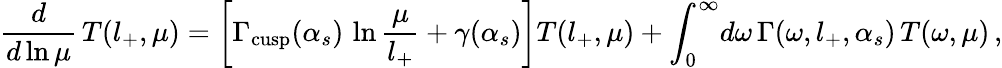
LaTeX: \frac{d}{d\ln\mu}\, T(l_{+},\mu)=\left[\Gamma_{\mathrm{cusp}}(\alpha_{s})\, \ln\frac{\mu}{l_{+}}+\gamma(\alpha_{s})\right]T(l_{+},\mu)+\int_{0}^{\infty}\! d\omega\, \Gamma(\omega,l_{+},\alpha_{s})\, T(\omega,\mu)\, ,